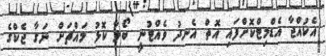
އެކުއްޖާ އެޑްމިޓްކޮށްފައި އޮތް އެނދު ވެއްޓުނީ ބޯލާ ކޮޅު މައްޗަށް ނަގާ ޖެކްގެ